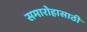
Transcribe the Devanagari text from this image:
समारोहासाठी